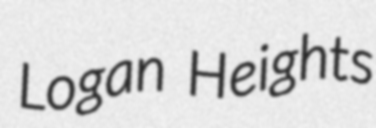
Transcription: Logan Heights